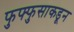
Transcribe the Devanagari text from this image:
फुफ्फुसाकडून